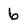
Character: 6